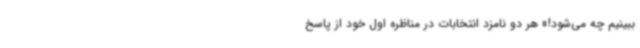
ببینیم چه می‌شود!» هر دو نامزد انتخابات در مناظره اول خود از پاسخ